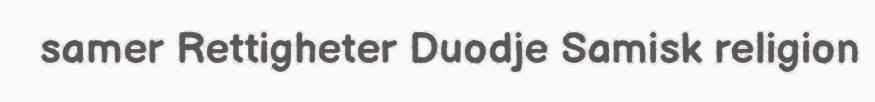
samer Rettigheter Duodje Samisk religion